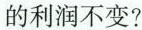
的利润不变？